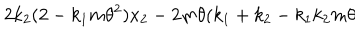
LaTeX: 2 k _ { 2 } ( 2 - k _ { 1 } m \theta ^ { 2 } ) x _ { 2 } - 2 m \theta ( k _ { 1 } + k _ { 2 } - k _ { 1 } k _ { 2 } m \theta